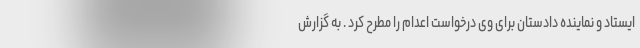
ایستاد و نماینده دادستان برای وی درخواست اعدام را مطرح کرد . به گزارش